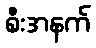
စီးအနက်